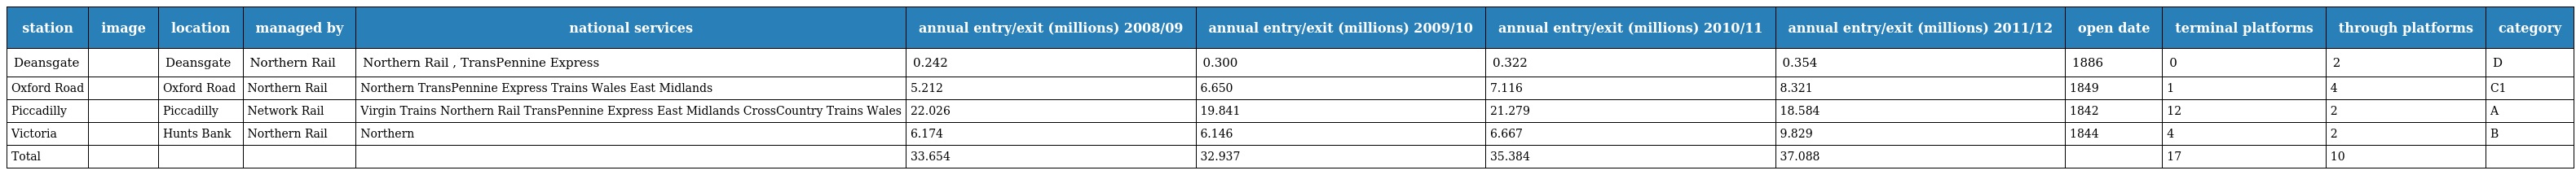
| station | image | location | managed by | national services | annual entry/exit (millions) 2008/09 | annual entry/exit (millions) 2009/10 | annual entry/exit (millions) 2010/11 | annual entry/exit (millions) 2011/12 | open date | terminal platforms | through platforms | category |
 | --- | --- | --- | --- | --- | --- | --- | --- | --- | --- | --- | --- | --- |
 | Deansgate |  | Deansgate | Northern Rail | Northern Rail , TransPennine Express | 0.242 | 0.300 | 0.322 | 0.354 | 1886 | 0 | 2 | D |
 | Oxford Road |  | Oxford Road | Northern Rail | Northern TransPennine Express Trains Wales East Midlands | 5.212 | 6.650 | 7.116 | 8.321 | 1849 | 1 | 4 | C1 |
 | Piccadilly |  | Piccadilly | Network Rail | Virgin Trains Northern Rail TransPennine Express East Midlands CrossCountry Trains Wales | 22.026 | 19.841 | 21.279 | 18.584 | 1842 | 12 | 2 | A |
 | Victoria |  | Hunts Bank | Northern Rail | Northern | 6.174 | 6.146 | 6.667 | 9.829 | 1844 | 4 | 2 | B |
 | Total |  |  |  |  | 33.654 | 32.937 | 35.384 | 37.088 |  | 17 | 10 |  |